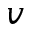
v